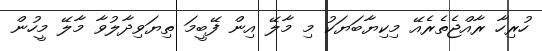
ހުރިހާ ރާއްޖެތެރެއޭ މިކިޔާބަޔަކު މި މާލޭ އިން ފޭބީމަ ތިޔަވިދާލުވާ މާލޭ މީހުން